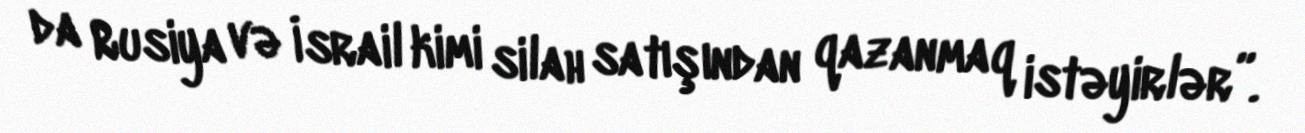
da Rusiya və İsrail kimi silah satışından qazanmaq istəyirlər”.